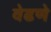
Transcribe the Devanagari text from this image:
वेढणे